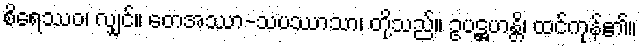
စိရေဿဝ၊ လျှင်။ တေအဿာ-သပဿာသာ၊ တို့သည်။ ဥပဋ္ဌဟန္တိ၊ ထင်ကုန်၏။